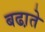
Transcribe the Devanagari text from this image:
बढा़ते